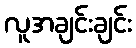
လူအချင်းချင်း